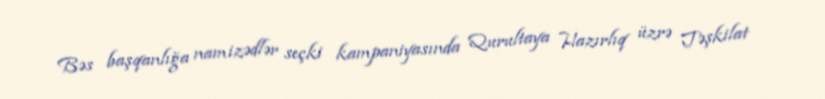
Bəs başqanlığa namizədlər seçki kampaniyasında Qurultaya Hazırlıq üzrə Təşkilat